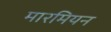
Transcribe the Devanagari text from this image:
मारमियन